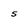
Character: S